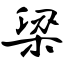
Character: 梁